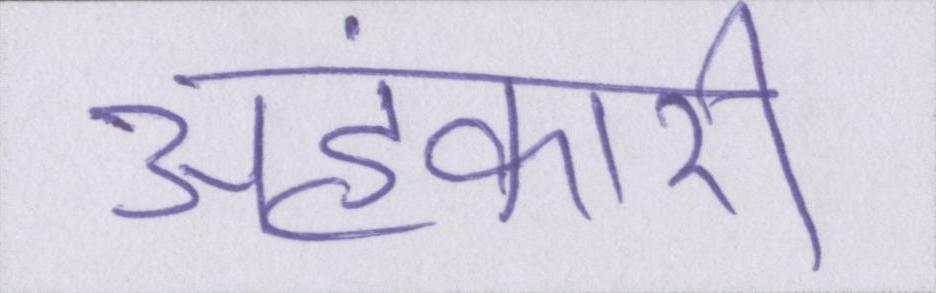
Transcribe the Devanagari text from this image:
अहंकारी